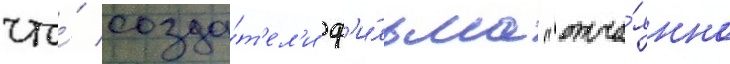
что́ созда́т'ел'и ф'и́льма "отча́янно